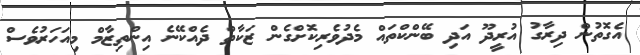
އެގޮތުން ދިރާގު އުރީދޫ އަދި ބޭންކްތައް މެދުވެރިކޮށްގެން ޒަކާތް ދެއްކޭނެ އިންތިޒާމް މިއަހަރުވެސް